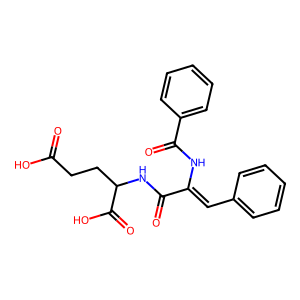
SMILES: O=C(O)CCC(NC(=O)C(=Cc1ccccc1)NC(=O)c1ccccc1)C(=O)O
Inhibits HIV replication: No